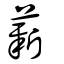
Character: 薪